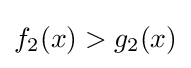
f_{2}(x)>g_{2}(x)